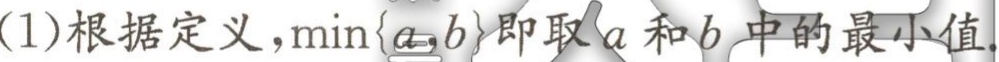
(1)根据定义，$\min\{a,b\}$即取$a$和$b$中的最小值.